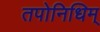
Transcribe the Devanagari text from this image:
तपोनिधिम्